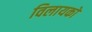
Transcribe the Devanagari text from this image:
विलायको